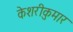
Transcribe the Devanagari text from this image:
केशरीकुमार